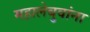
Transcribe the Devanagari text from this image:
महालेबुवांना